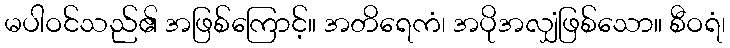
မပါဝင်သည်၏ အဖြစ်ကြောင့်။ အတိရေကံ၊ အပိုအလျှံဖြစ်သော။ စီဝရံ၊